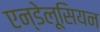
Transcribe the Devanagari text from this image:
एन्डेलूसियन